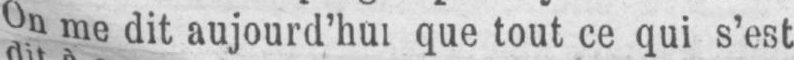
On me dit aujourd’hui que tout ce qui s’est